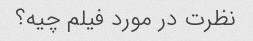
نظرت در مورد فیلم چیه؟